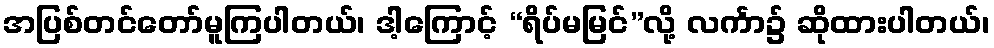
အပြစ်တင်တော်မူကြပါတယ်၊ ဒါ့ကြောင့် “ရိပ်မမြင်”လို့ လင်္ကာ၌ ဆိုထားပါတယ်၊